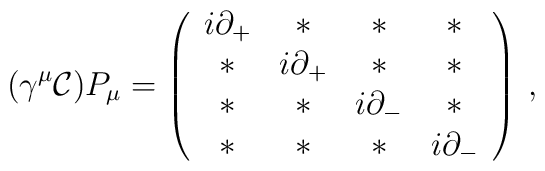
(\gamma^{\mu}{\cal C})P_{\mu}= \left(\begin{array}[c]{cccc}i\partial_{+} & \ast & \ast & \ast \\ \ast &i\partial_{+} & \ast & \ast\\ \ast & \ast &i\partial_{-} & \ast \\ \ast & \ast & \ast&i\partial_{-}\end{array}     \right)\, ,